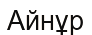
Айнұр